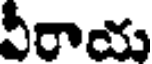
వీరాయ